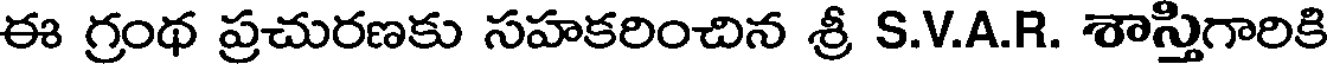
ఈ గ్రంథ ప్రచురణకు సహకరించిన శ్రీ S.V.A.R. శాస్తిగారికి